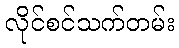
လိုင်စင်သက်တမ်း